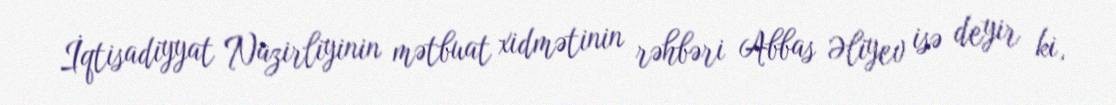
İqtisadiyyat Nazirliyinin mətbuat xidmətinin rəhbəri Abbas Əliyev isə deyir ki,